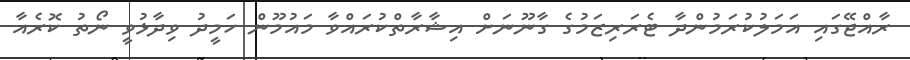
ރާއްޖޭގައި އަމަލުކުރަމުންދާ ޓެރަރިޒަމުގެ ގާނޫނަށް އިޝާރާތްކުރައްވާ މައުމޫން ހަމީދު ވިދާޅުވީ ނޯތު ކޮރެއާ